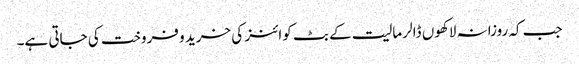
جب کہ روزانہ لاکھوں ڈالر مالیت کے بٹ کوائنز کی خرید و فروخت کی جاتی ہے۔